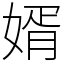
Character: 婿